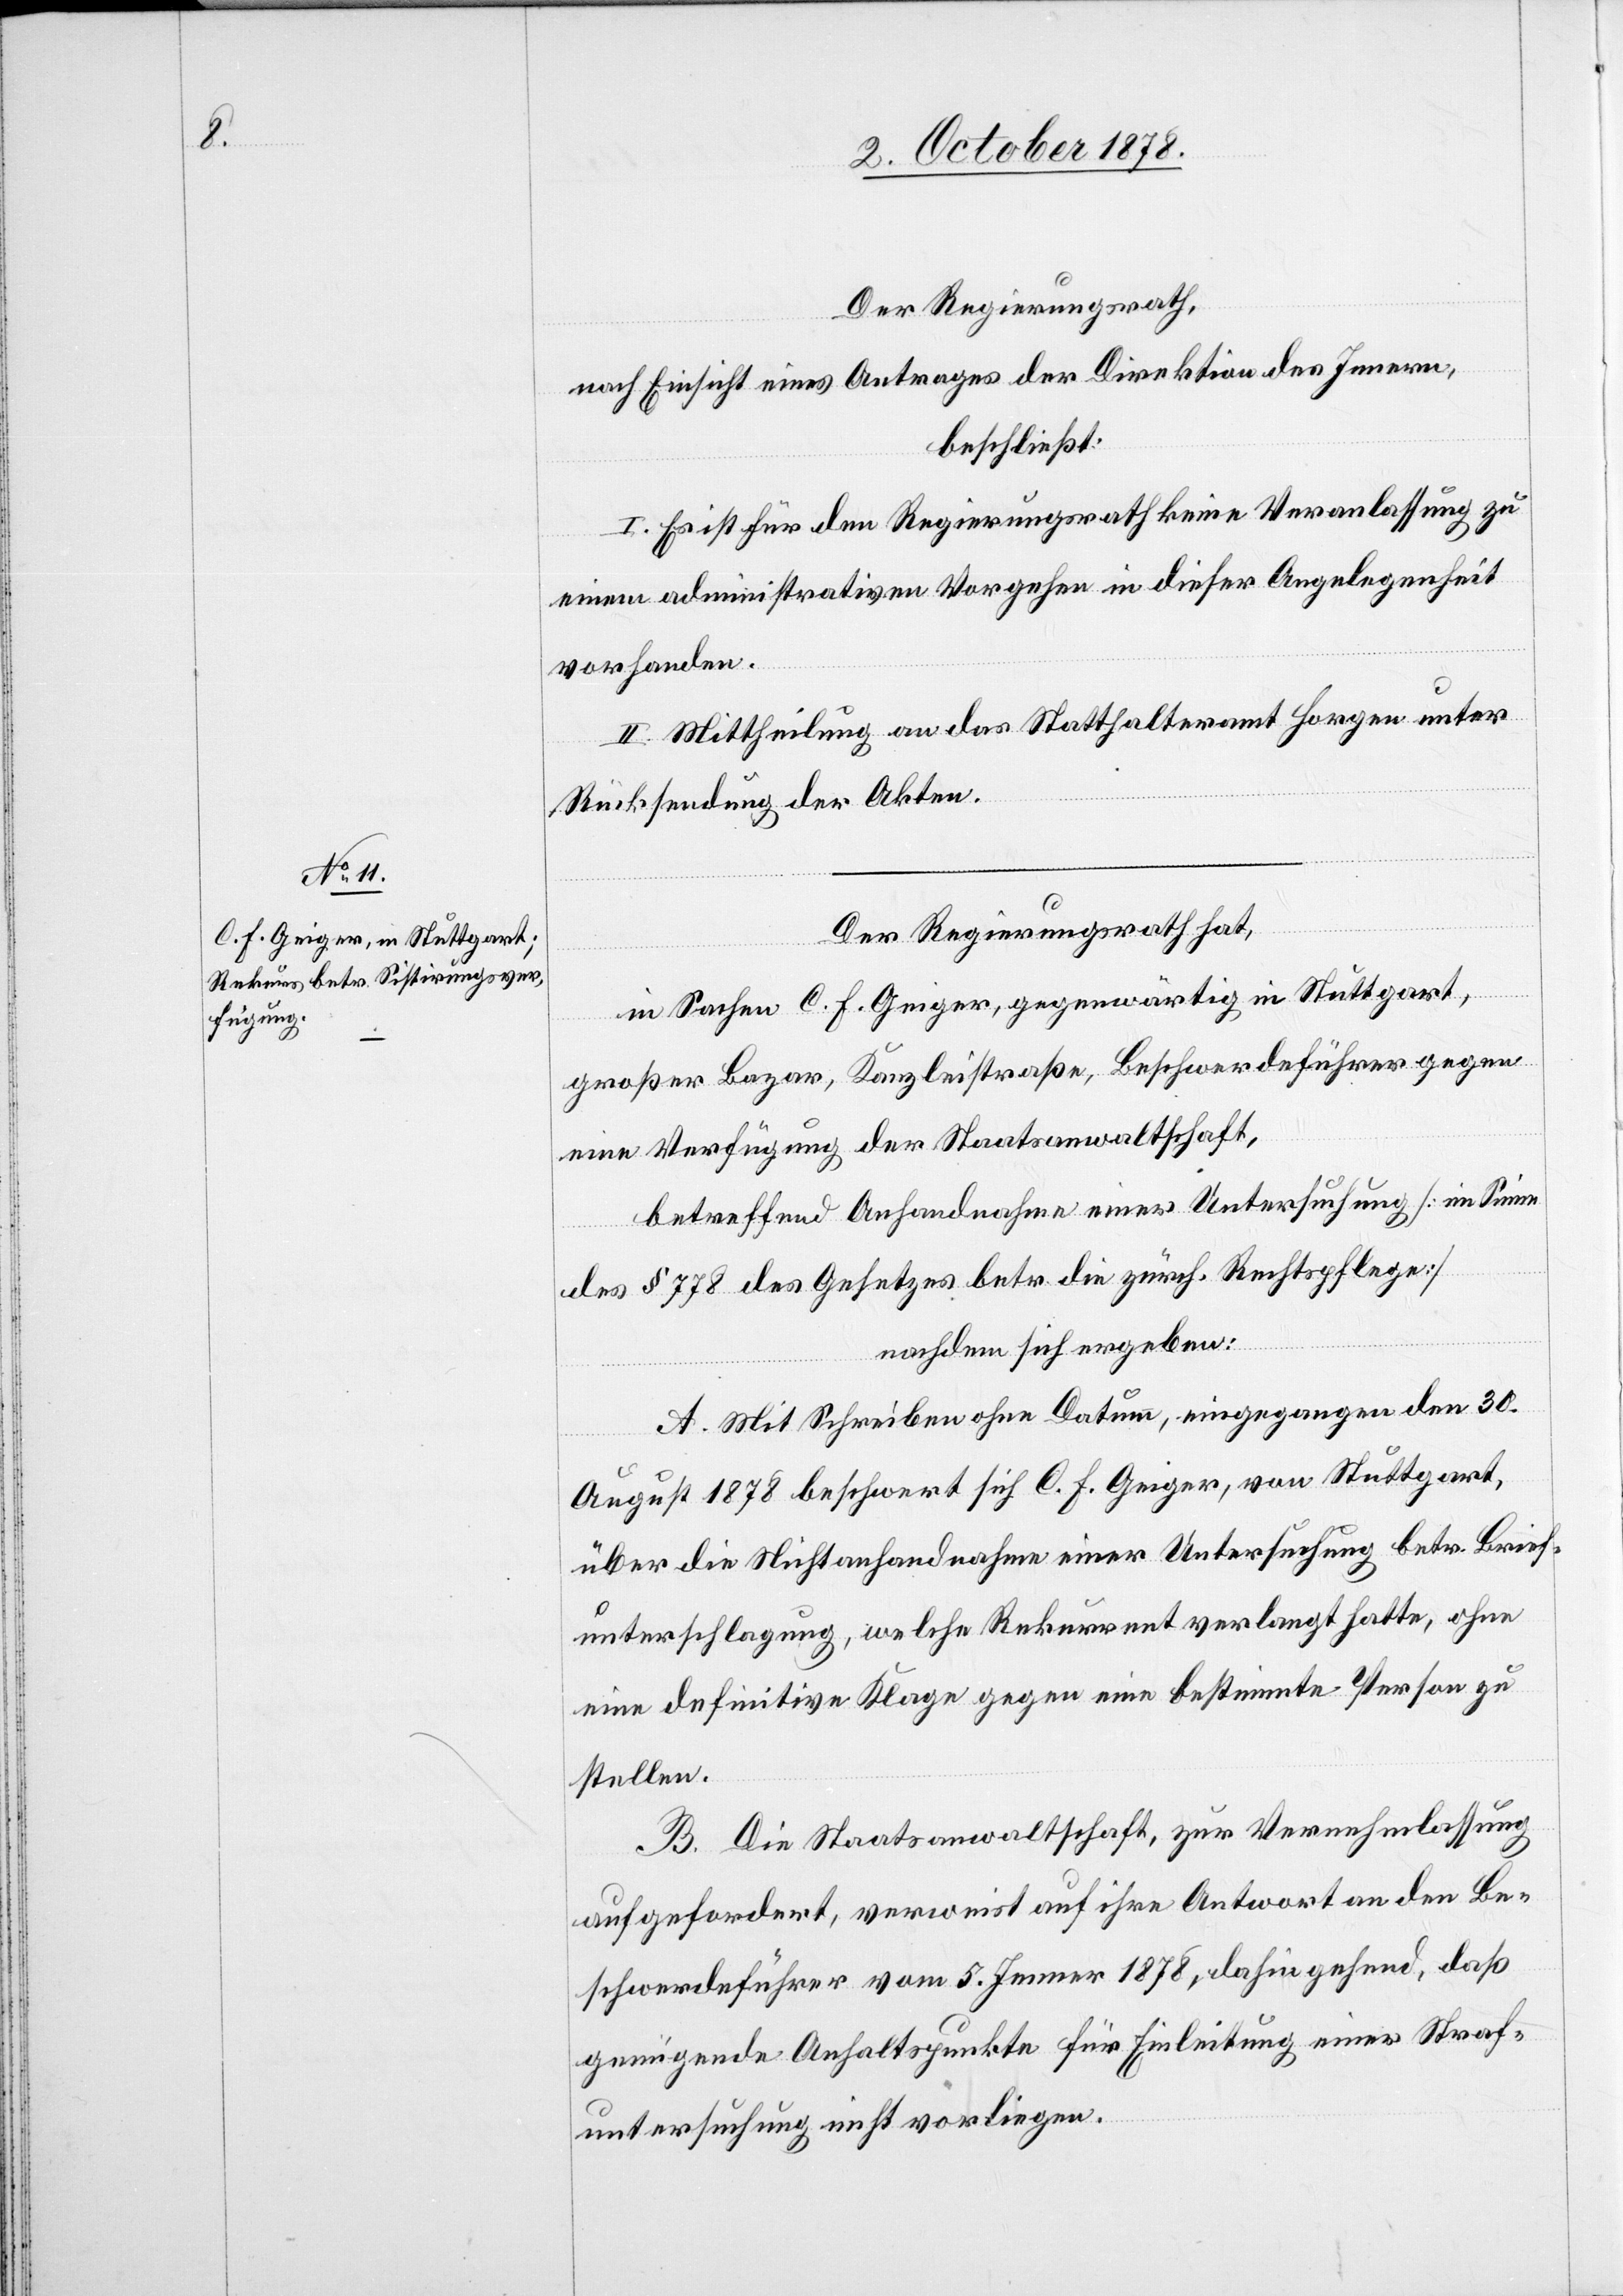
Der Regierungsrath,
nach Einsicht eines Antrages der Direktion des Innern,
beschließt:
I. Es ist für den Regierungsrath keine Veranlassung zu
einem administrativen Vorgehen in dieser Angelegenheit
vorhanden.
II. Mittheilung an das Statthalteramt Horgen unter
Rücksendung der Akten.
Der Regierungsrath hat,
in Sachen C. F. Geiger, gegenwärtig in Stuttgart,
großer Bazar, Kanzleistraße, Beschwerdeführer gegen
eine Verfügung der Staatsanwaltschaft,
betreffend Anhandnahme einer Untersuchung [im Sinne
des § 778 des Gesetzes betr. die zürch. Rechtspflege]
nachdem sich ergeben:
A. Mit Schreiben ohne Datum, eingegangen den 30.
August 1878 beschwert sich C. F. Geiger, von Stuttgart,
über die Nichtanhandnahme einer Untersuchung betr. Brief¬
unterschlagung, welche Rekurrent verlangt hatte, ohne
eine definitive Klage gegen eine bestimmte Person zu
stellen.
B. Die Staatsanwaltschaft, zur Vernehmlassung
aufgefordert, verweist auf ihre Antwort an den Be¬
schwerdeführer vom 5. Jenner 1878, dahin gehend, daß
genügende Anhaltspunkte für Einleitung einer Straf¬
untersuchung nicht vorliegen.